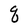
Character: q